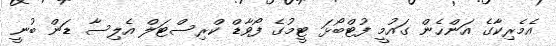
އެމެރިކާގެ އަންހެން ގައުމީ ފުޓްބޯޅަ ޓީމުގެ ފޯވާޑް ކްރިސްޓަލް އެލިސާ ޑަން ބުނީ